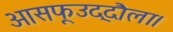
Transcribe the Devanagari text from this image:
आसफूउद्दौला।